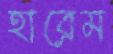
হারেম